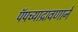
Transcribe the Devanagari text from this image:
पॅपच्याद्रावणाने